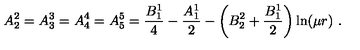
A _ { 2 } ^ { 2 } = A _ { 3 } ^ { 3 } = A _ { 4 } ^ { 4 } = A _ { 5 } ^ { 5 } = \frac { B _ { 1 } ^ { 1 } } 4 - \frac { A _ { 1 } ^ { 1 } } 2 - \left( B _ { 2 } ^ { 2 } + \frac { B _ { 1 } ^ { 1 } } 2 \right) \ln ( \mu r ) \ .